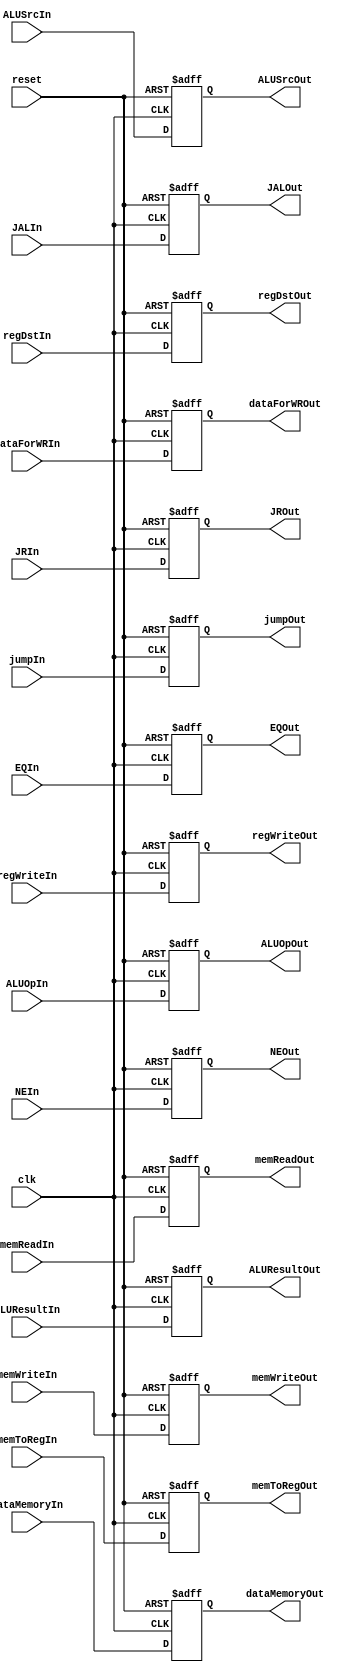
module MEM_WB
(
	input clk, 
	input reset,
	
	input [31:0]dataMemoryIn,
	input [31:0]ALUResultIn,
	input [4:0]dataForWRIn,
		
	input NEIn,
	input EQIn,
	input regDstIn,
	input ALUSrcIn,
	input regWriteIn,
	input memWriteIn,
	input memReadIn,
	input jumpIn,
	input JRIn,
	input memToRegIn,
	input JALIn,
	input [2:0]ALUOpIn,
	
	output [31:0]dataMemoryOut,
	output [31:0]ALUResultOut,
	output [4:0]dataForWROut,
		
	output NEOut,
	output EQOut,
	output regDstOut,
	output ALUSrcOut,
	output regWriteOut,
	output memWriteOut,
	output memReadOut,
	output jumpOut,
	output JROut,
	output memToRegOut,
	output JALOut,
	output [2:0]ALUOpOut
);

reg [31:0]tmpdataMemoryIn;
reg [31:0]tmpALUResultIn;
reg [4:0]tmpdataForWRIn;

reg tmpNEIn;
reg tmpEQIn;
reg tmpregDstIn;
reg tmpALUSrcIn;
reg tmpregWriteIn;
reg tmpmemWriteIn;
reg tmpmemReadIn;
reg tmpjumpIn;
reg tmpJRIn;
reg tmpmemToRegIn;
reg tmpJALIn;
reg [2:0]tmpALUOpIn;

assign dataMemoryOut = tmpdataMemoryIn;
assign ALUResultOut = tmpALUResultIn;
assign dataForWROut = tmpdataForWRIn;

assign NEOut = tmpNEIn;
assign EQOut = tmpEQIn;
assign regDstOut = tmpregDstIn;
assign ALUSrcOut = tmpALUSrcIn;
assign regWriteOut = tmpregWriteIn;
assign memWriteOut = tmpmemWriteIn;
assign memReadOut = tmpmemReadIn;
assign jumpOut = tmpjumpIn;
assign JROut = tmpJRIn;
assign memToRegOut = tmpmemToRegIn;
assign JALOut = tmpJALIn;
assign ALUOpOut = tmpALUOpIn;

always @ (negedge reset or posedge clk)
begin
	if(reset == 0)
	begin
		tmpdataMemoryIn <= 0;
		tmpALUResultIn <= 0;
		tmpdataForWRIn <= 0;
		
		tmpNEIn <= 0;
		tmpEQIn <= 0;
		tmpregDstIn <= 0;
		tmpALUSrcIn <= 0;
		tmpregWriteIn <= 0;
		tmpmemWriteIn <= 0;
		tmpmemReadIn <= 0;
		tmpjumpIn <= 0;
		tmpJRIn <= 0;
		tmpmemToRegIn <= 0;
		tmpJALIn <= 0;
		tmpALUOpIn <= 0;
	end
	else
	begin
		tmpdataMemoryIn <= dataMemoryIn;
		tmpALUResultIn <= ALUResultIn;
		tmpdataForWRIn <= dataForWRIn;
		
		tmpNEIn <= NEIn;
		tmpEQIn <= EQIn;
		tmpregDstIn <= regDstIn;
		tmpALUSrcIn <= ALUSrcIn;
		tmpregWriteIn <= regWriteIn;
		tmpmemWriteIn <= memWriteIn;
		tmpmemReadIn <= memReadIn;
		tmpjumpIn <= jumpIn;
		tmpJRIn <= JRIn;
		tmpmemToRegIn <= memToRegIn;
		tmpJALIn <= JALIn;
		tmpALUOpIn <= ALUOpIn;
	end
end

endmodule